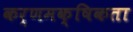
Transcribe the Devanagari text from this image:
कर्णमक्षिकता